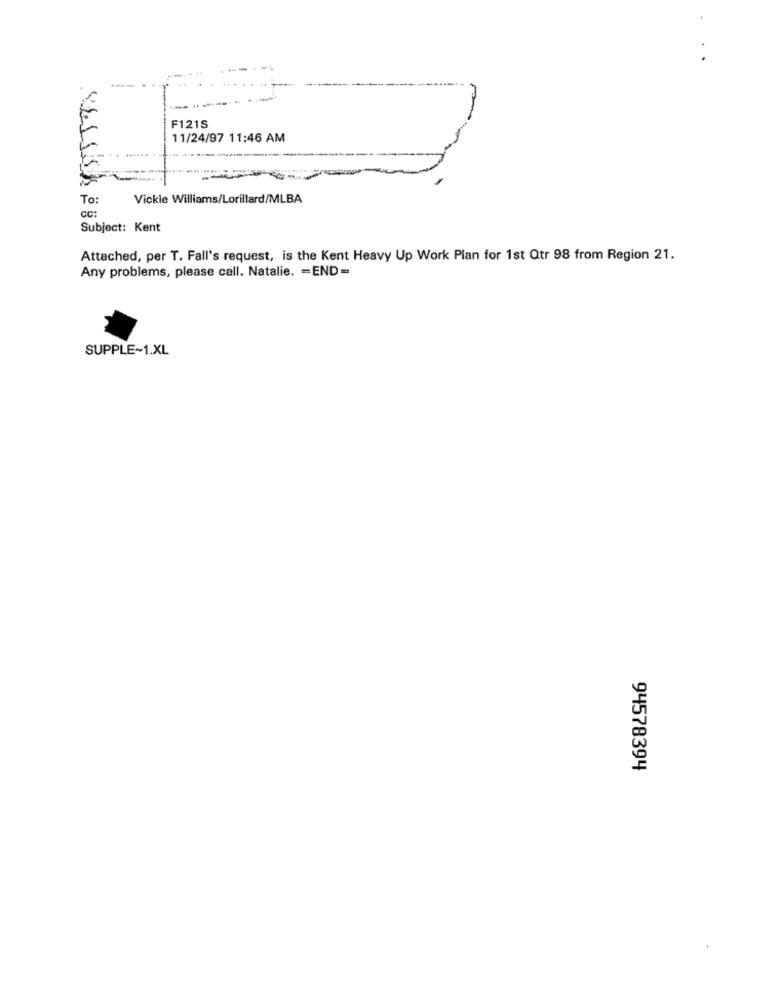
F121S
11/24/97 11:46 AM
To:
Vickie Williams/Lorillard/MLBA
CC:
Subject: Kent
Attached, per T. Fall's request, is the Kent Heavy Up Work Plan for 1st Qtr 98 from Region 21.
Any problems, please call. Natalie. = END =
SUPPLE~1.XL
94578394